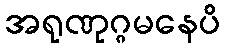
အရုဏုဂ္ဂမနေပိ